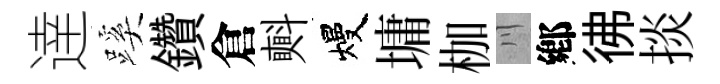
逹蹊鑽倉㪺熳墉枷川鄕彿掞